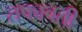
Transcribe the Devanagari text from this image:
तफावती